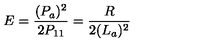
E = \frac { ( P _ { a } ) ^ { 2 } } { 2 P _ { 1 1 } } = \frac { R } { 2 ( L _ { a } ) ^ { 2 } }